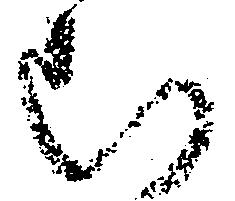
む